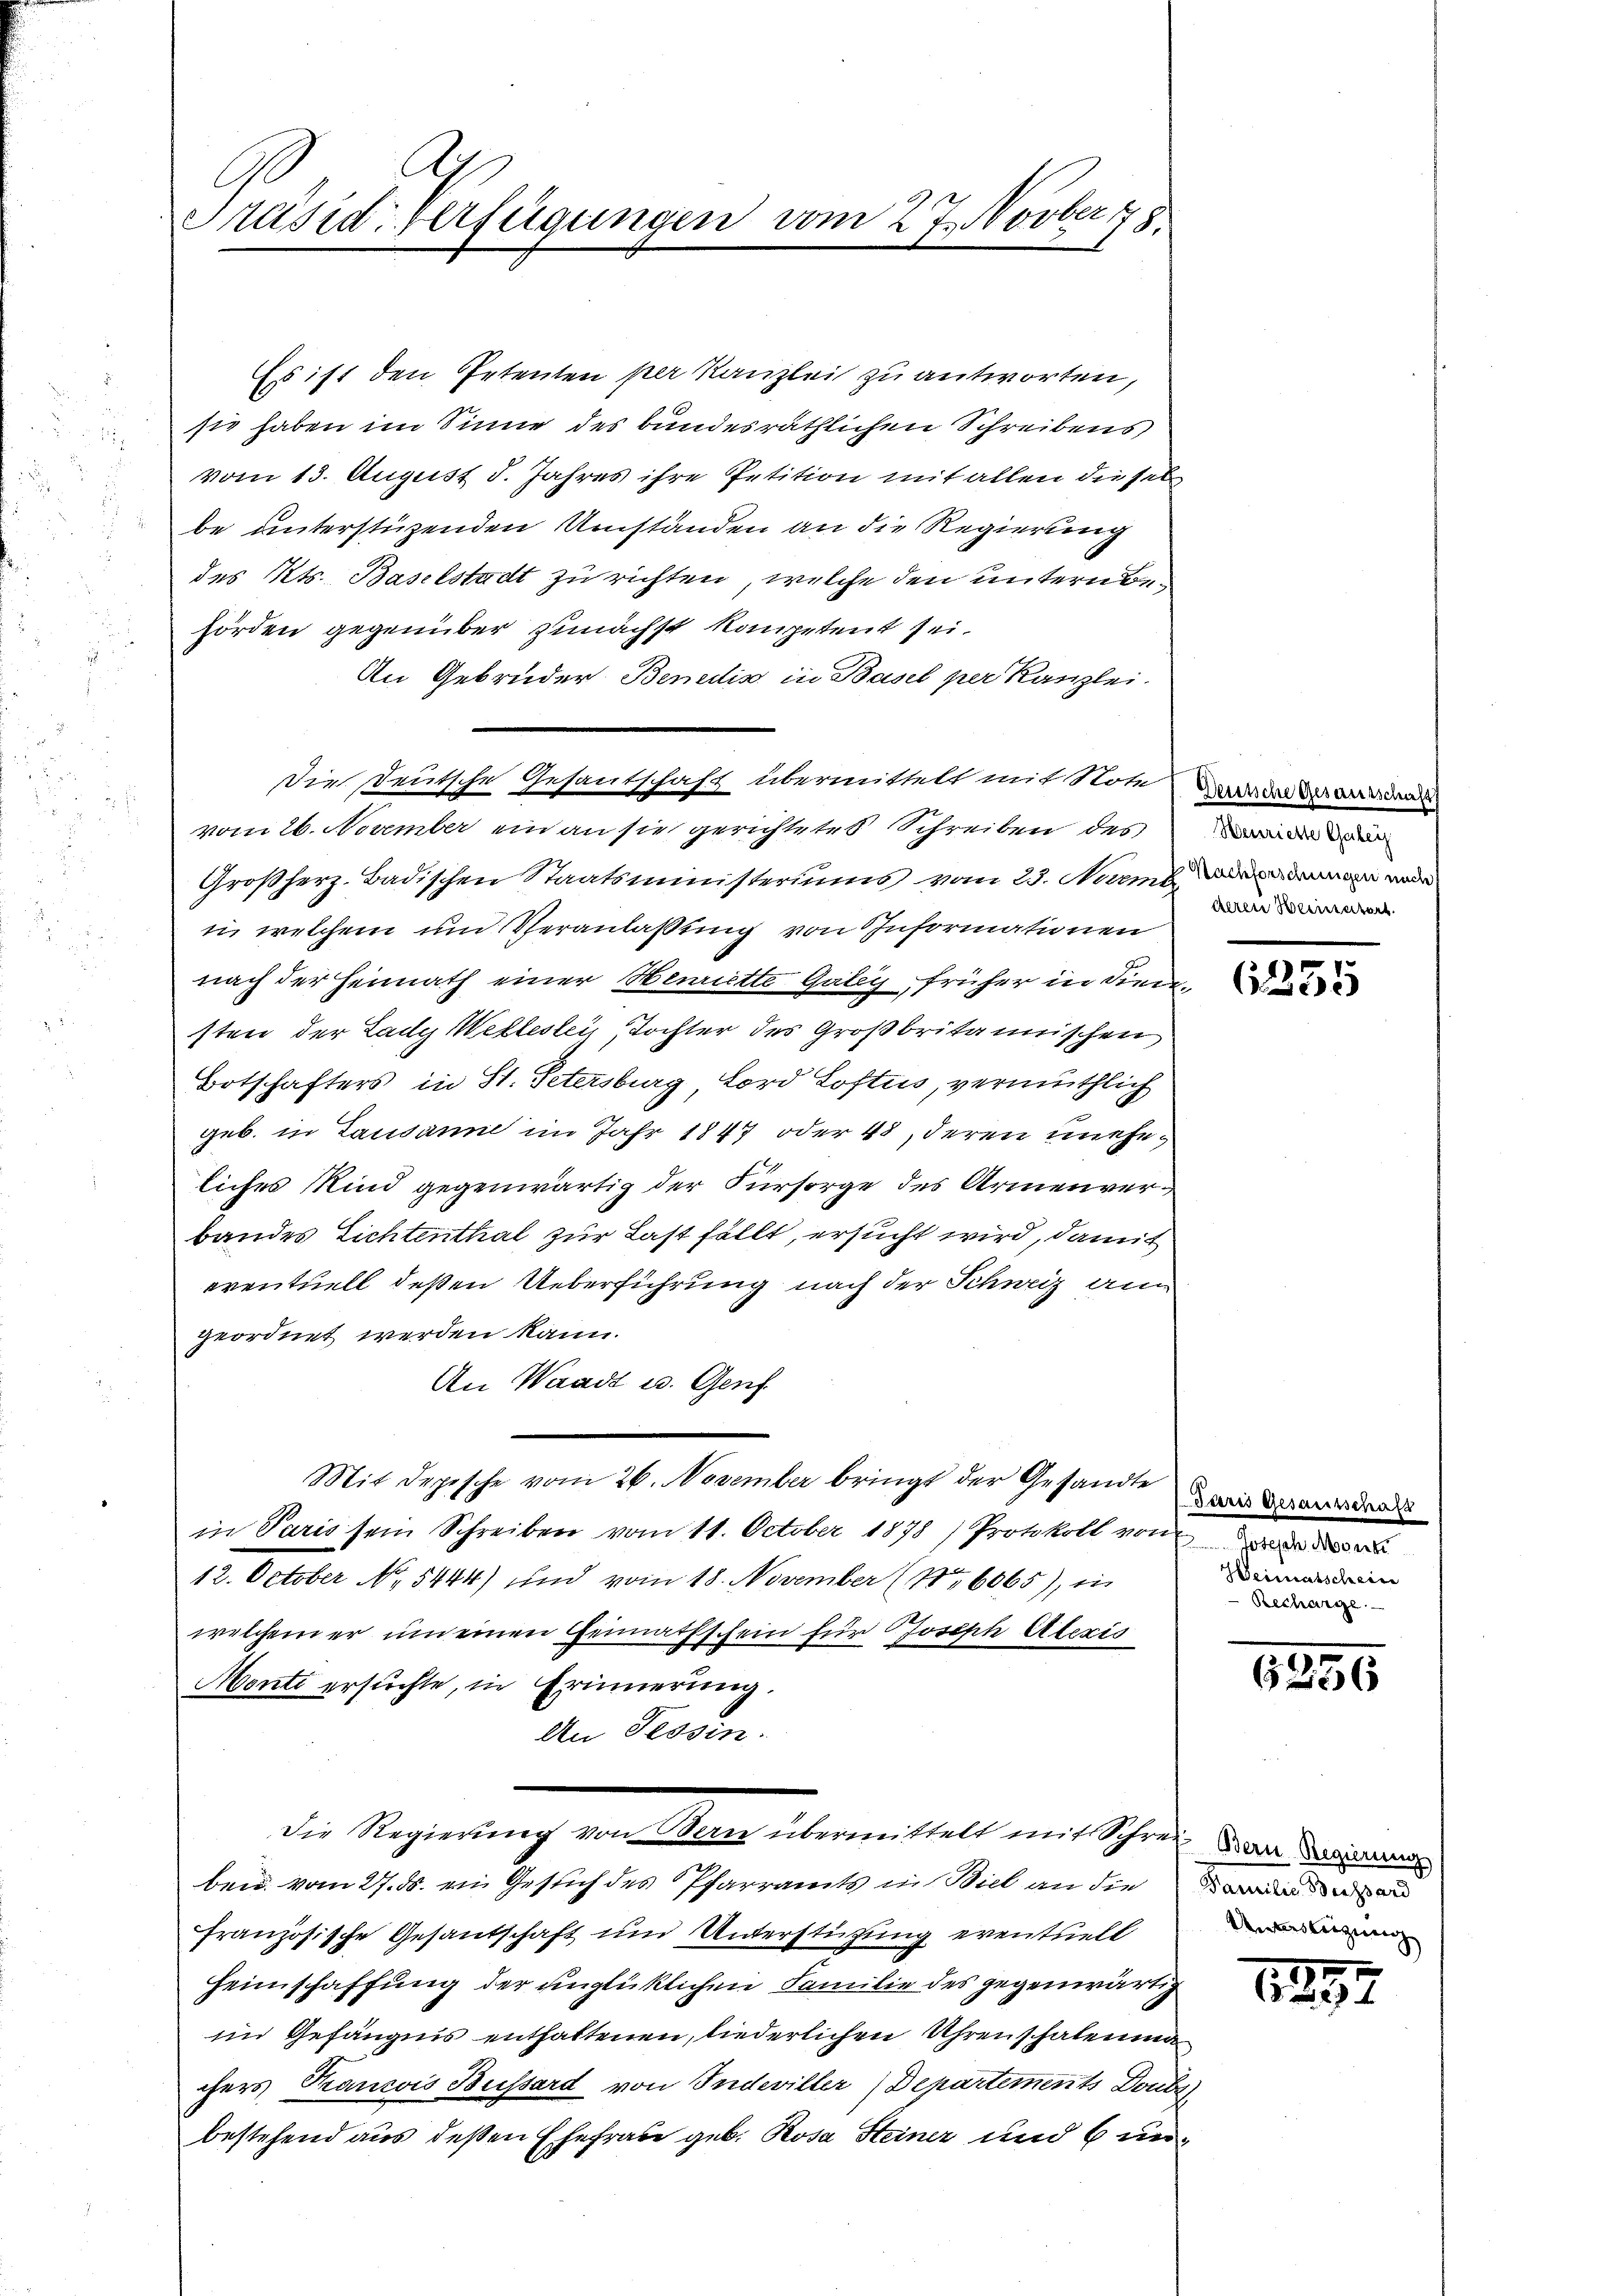
Präsid verfügungen vom 27. Novber 178.

Es ist den Petenten per Kanzlei zu antworten,
sie haben im Sinne des bundesräthlichen Schreibens
vom 13. August d. Jahres ihre Petition mit allen dieses
be unterstüzenden Umständen an die Regierung
des Kts. Baselstadt zu richten, welche den untern behörden gegenüber zunächst kompetent sei.
An Gebrüder Benedis in Basel per Kanzlei.
die deutsche Gesantschaft übermittelt mit Stoten
vom 26. November ein an sie gerichtetes Schreiben des
Großherz-Badischen Staatsministeriums vom 23. Nun, an der
in welchem und Veranlaßung von Informationen
nach der Heimath einer Henriette Galey früher in diensten der Lady Wettestei, Tochter des Großbritannischen
Botschafters in St. Petersburg, Lord Loftus, vermuthlich
geb. in Lausanne im Jahr 1847 oder 48, deren uneheliches Kind gegenwärtig der Fürsorge des Armenverbandes Lichtenthal zur Last fällt, ersucht wird, damit
eventuell deßen Ueberführung nach der Schweiz an
geordnet werden kann.
An Waadt u. Genf
Mit depische vom 26. November bringt der Gesandte mit werden
in Paris sein Schreiben vom 11. October 1878 / Protokoll von
12. October No. 5444) und vom 18. November (No 6065), in
welchem er um einen Heimathschein für Joseph Alexis
Monte ersuchte, in Erinnerung.
An Tessin.
Die Regierung von Bern übermittelt mit Schrei an d
bei vom 27. ds. ein Gesuch des Pfarramts in Biel an die
französische Gesandschaft und Unterstützung eventuell
Heimschaffung der unglücklichen Familie des gegenwärtig
im Gefängnis enthaltenen, liederlichen Uhrenschalenma
chers Transis Bussard von Indeviller (Departements Doubs
bestehend aus deßen Ehefrau geb. Rosa Steiner und 6 un¬

Henrieste Gabey
deren Weimatort

6255

Heimatschein
Recharge.

1296

Pannten Busserd
Unauslegung

1897